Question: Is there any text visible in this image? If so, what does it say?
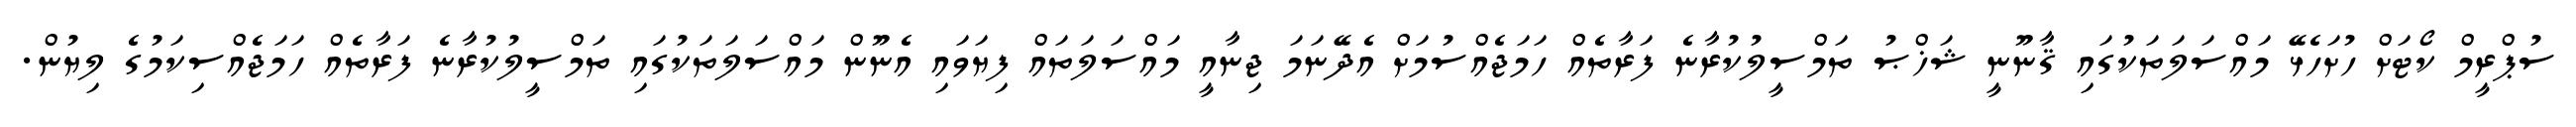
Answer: ސުޕްރީމް ކޯޓަށް ހުށަހެޅޭ މައްސަލަތަކުގައި ޤާނޫނީ ޝަޚްޞު ތަމްސީލުކުރާނެ ފަރާތެއް ހަމަޖެއްސުމަށް އެދޭނަމަ ޖިނާއީ މައްސަލަތައް ފިޔަވައި އެނޫން މައްސަލަތަކުގައި ތަމްސީލުކުރާނެ ފަރާތެއް ހަމަޖެއްސިކަމުގެ ލިޔުން.